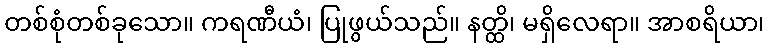
တစ်စုံတစ်ခုသော။ ကရဏီယံ၊ ပြုဖွယ်သည်။ နတ္ထိ၊ မရှိလေရာ။ အာစရိယာ၊